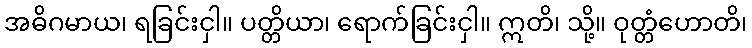
အဓိဂမာယ၊ ရခြင်းငှါ။ ပတ္တိယာ၊ ရောက်ခြင်းငှါ။ ဣတိ၊ သို့။ ဝုတ္တံဟောတိ၊